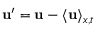
\mathbf { u } ^ { \prime } = \mathbf { u } - \langle \mathbf { u } \rangle _ { x , t }